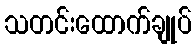
သတင်းထောက်ချုပ်